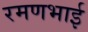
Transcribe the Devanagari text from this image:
रमणभाई